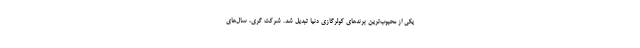
یکی از محبوب‌ترین برندهای کولرگازی دنیا تبدیل شد. شرکت گری، سال‌های